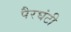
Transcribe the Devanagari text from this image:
पैरघंटी